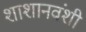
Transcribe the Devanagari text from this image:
शाशानवंशी